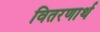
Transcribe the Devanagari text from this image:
वितरणार्थ